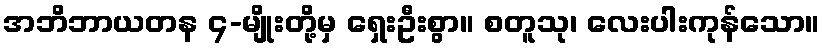
အဘိဘာယတန ၄-မျိုးတို့မှ ရှေးဦးစွာ။ စတူသု၊ လေးပါးကုန်သော။